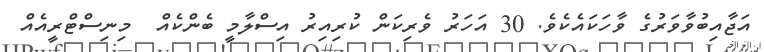
އަޖާއިބުވާވަރުގެ ވާހަކައެކެވެ. 30 އަހަރު ވެރިކަން ކުރިއިރު އިސްލާމީ ބެންކެއް  މިނިސްޓްރީއެއް